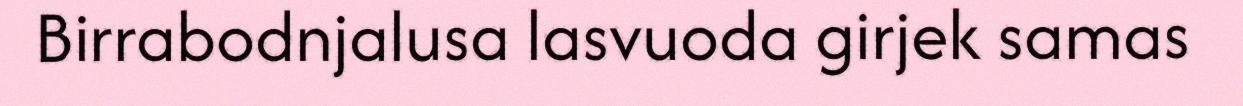
Birrabodnjalusa lasvuoda girjek samas